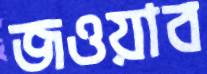
জওয়াব